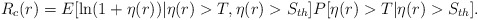
\begin{align*}R_c(r)=E[\ln(1+\eta(r))|\eta(r)>T,\eta(r)>S_{th}]P[\eta(r)>T|\eta(r)>S_{th}].\end{align*}